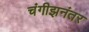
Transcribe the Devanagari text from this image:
चंगीझनंतर